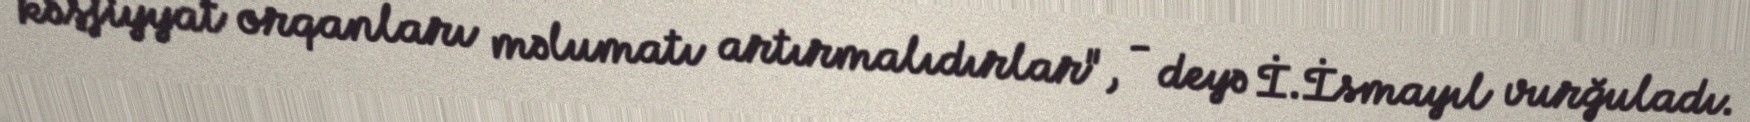
kəşfiyyat orqanları məlumatı artırmalıdırlar", - deyə İ.İsmayıl vurğuladı.